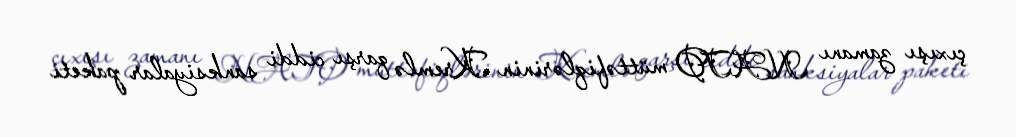
çıxışı zamanı NATO müttəfiqlərinin Kremlə qarşı ciddi sanksiyalar paketi